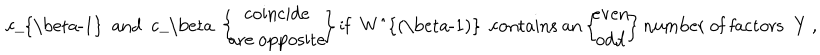
{ \mathrm { ~ c _ { \ b e t a - 1 } ~ a n d ~ c _ { \ b e t a } ~ } } \left\{ \! \! \! \begin{array} { c } { { { \mathrm { c o i n c i d e } } } } \\ { { { \mathrm { a r e ~ o p p o s i t e } } } } \\ \end{array} \! \! \right\} { \mathrm { i f ~ W ^ { ( \ b e t a - 1 ) } ~ c o n t a i n s ~ a n } } \left\{ \! \! \! \begin{array} { c } { { { \mathrm { e v e n } } } } \\ { { { \mathrm { o d d } } } } \\ \end{array} \! \! \right\} { \mathrm { n u m b e r ~ o f ~ f a c t o r s ~ Y ~ , } }